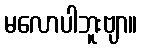
မလောပါဘူးဗျာ။